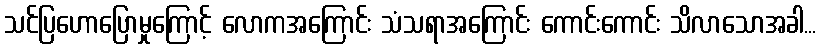
သင်ပြဟောပြောမှုကြောင့် လောကအကြောင်း သံသရာအကြောင်း ကောင်းကောင်း သိလာသောအခါ...